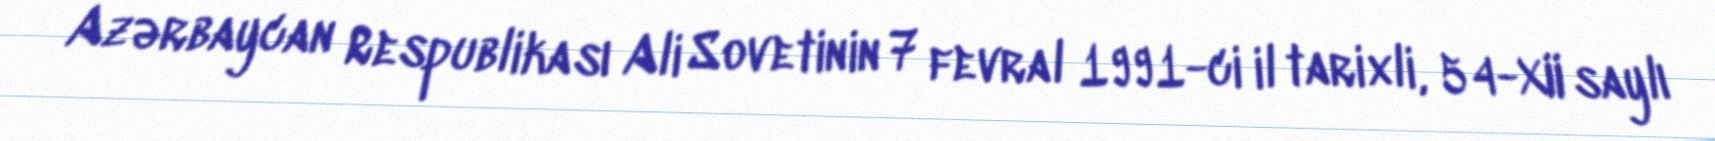
Azərbaycan Respublikası Ali Sovetinin 7 fevral 1991-ci il tarixli, 54-XII saylı